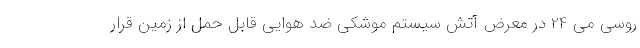
روسی می 24 در معرض آتش سیستم موشکی ضد هوایی قابل حمل از زمین قرار